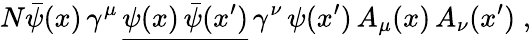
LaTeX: N{\bar{\psi}}(x)\, \gamma^{\mu}\, {\underline{{\psi(x)\, {\bar{\psi}}(x^{\prime})}}}\, \gamma^{\nu}\, \psi(x^{\prime})\, A_{\mu}(x)\, A_{\nu}(x^{\prime})\; ,